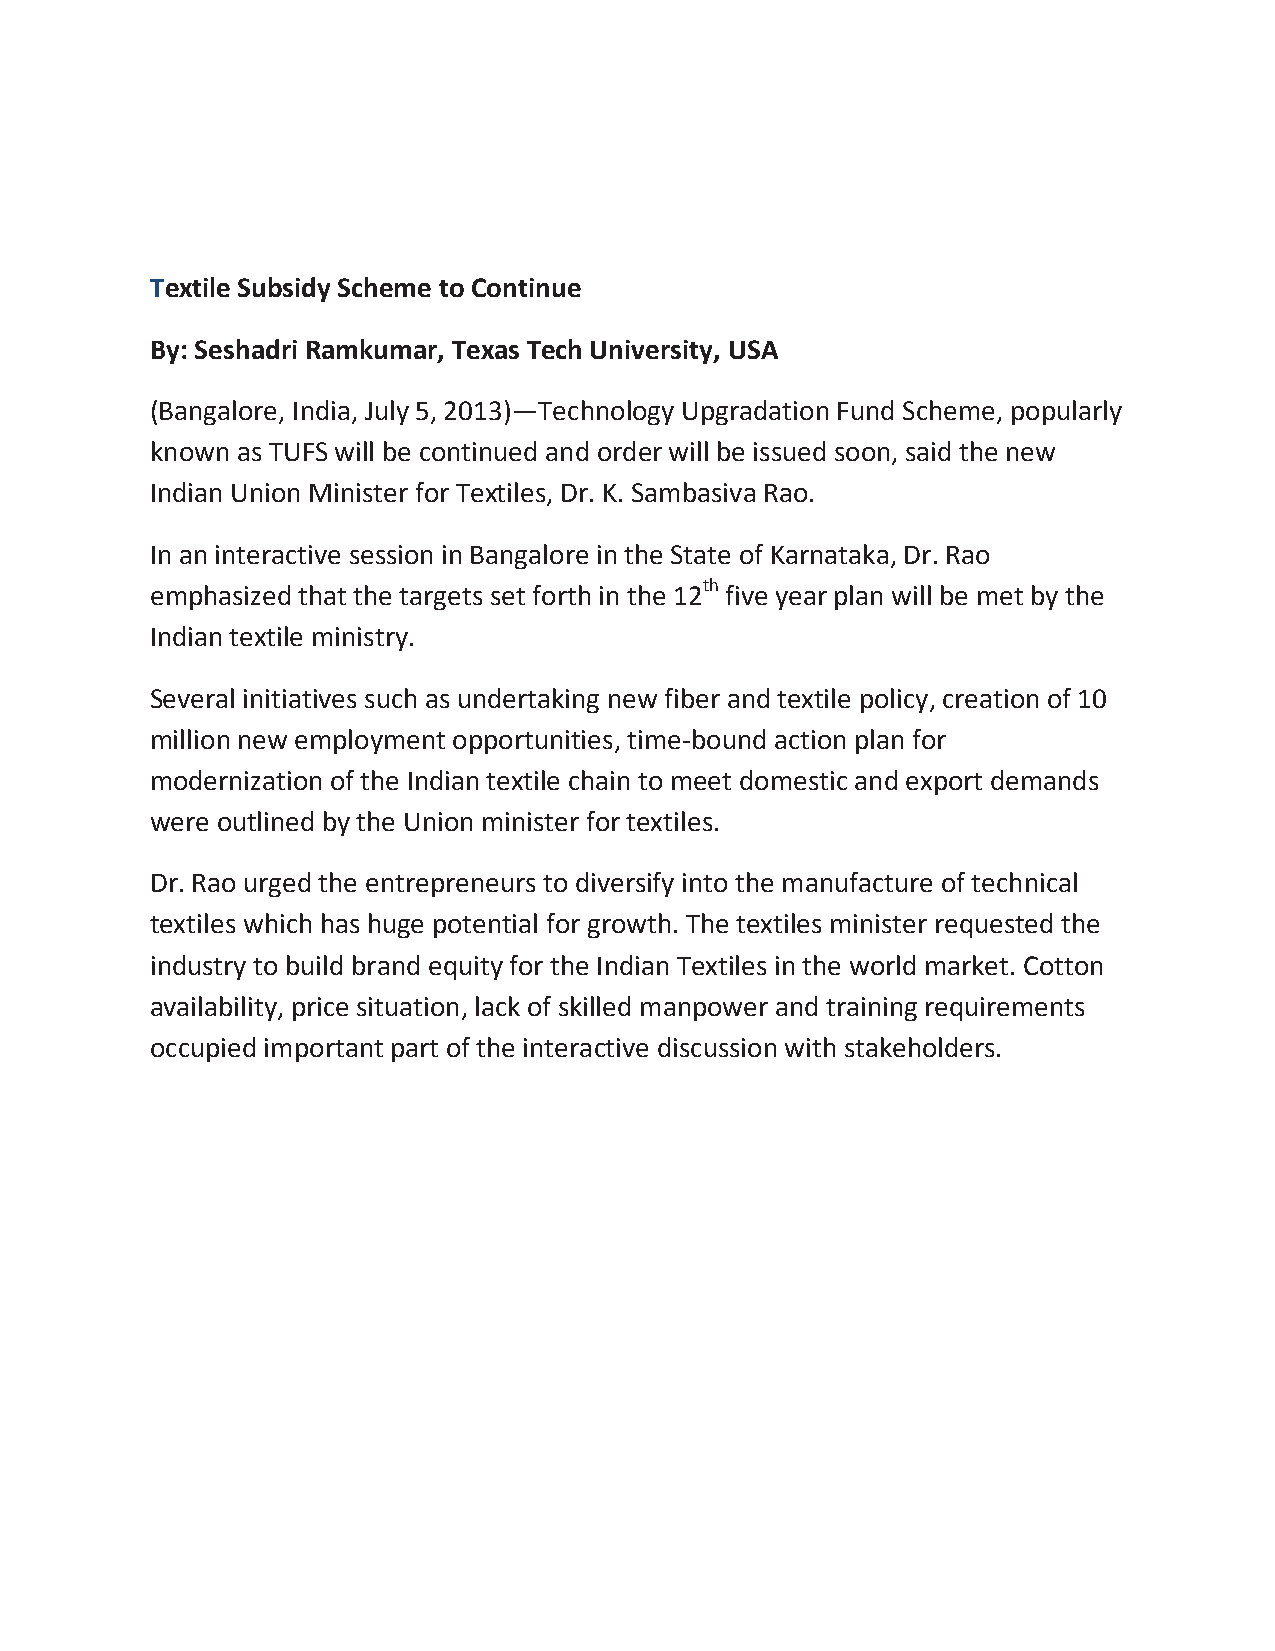
Textile Subsidy Scheme to Continue
 By: Seshadri Ramkumar, Texas Tech University, USA
 (Bangalore, India, July 5, 2013)—Technology Upgradation Fund Scheme, popularly
 known as TUFS will be continued and order will be issued soon, said the new
 Indian Union Minister for Textiles, Dr. K. Sambasiva Rao.
 In an interactive session in Bangalore in the State of Karnataka, Dr. Rao
 emphasized that the targets set forth in the 12th five year plan will be met by the
 Indian textile ministry.
 Several initiatives such as undertaking new fiber and textile policy, creation of 10
 million new employment opportunities, time-bound action plan for
 modernization of the Indian textile chain to meet domestic and export demands
 were outlined by the Union minister for textiles.
 Dr. Rao urged the entrepreneurs to diversify into the manufacture of technical
 textiles which has huge potential for growth. The textiles minister requested the
 industry to build brand equity for the Indian Textiles in the world market. Cotton
 availability, price situation, lack of skilled manpower and training requirements
 occupied important part of the interactive discussion with stakeholders.